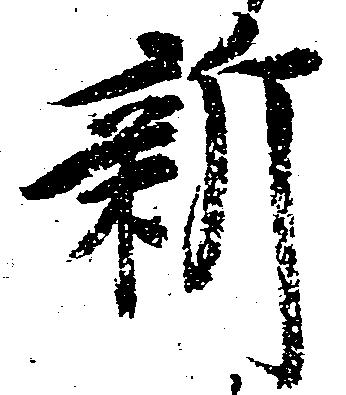
新